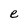
Character: e